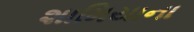
શામિયાના